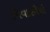
નિવાસીયો